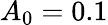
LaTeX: A_{0}=0.1